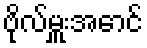
ဗိုလ်မှူးအောင်